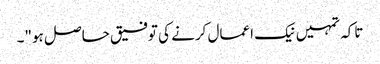
تاکہ تمہیں نیک اعمال کرنے کی توفیق حاصل ہو"۔